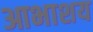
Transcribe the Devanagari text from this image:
आभाशय